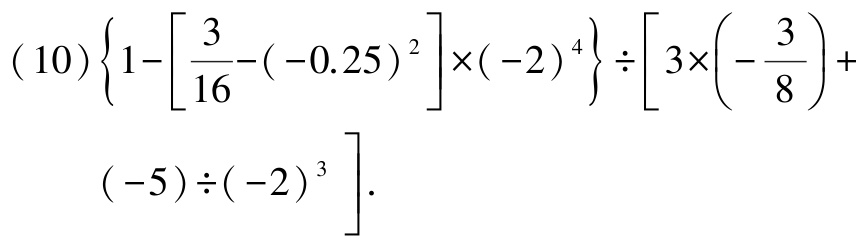
\[(10)\left\{1 - \left[\frac{3}{16}-(-0.25)^{2}\right]\times(-2)^{4}\right\}\div\left[3\times\left(-\frac{3}{8}\right)+(-5)\div(-2)^{3}\right].\]